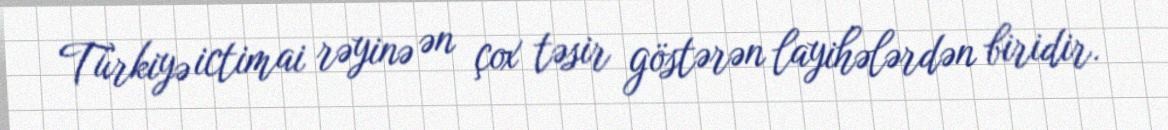
Türkiyə ictimai rəyinə ən çox təsir göstərən layihələrdən biridir.